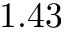
1 . 4 3